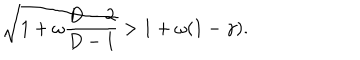
\sqrt { 1 + \omega \frac { D - 2 } { D - 1 } } > 1 + \omega ( 1 - \gamma ) .